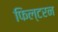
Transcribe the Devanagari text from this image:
फिल्टरन